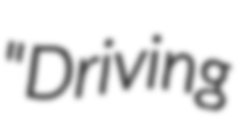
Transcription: "Driving